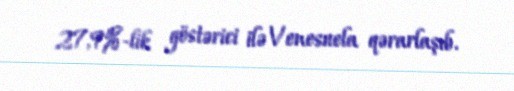
27,9%-lik göstərici ilə Venesuela qərarlaşıb.